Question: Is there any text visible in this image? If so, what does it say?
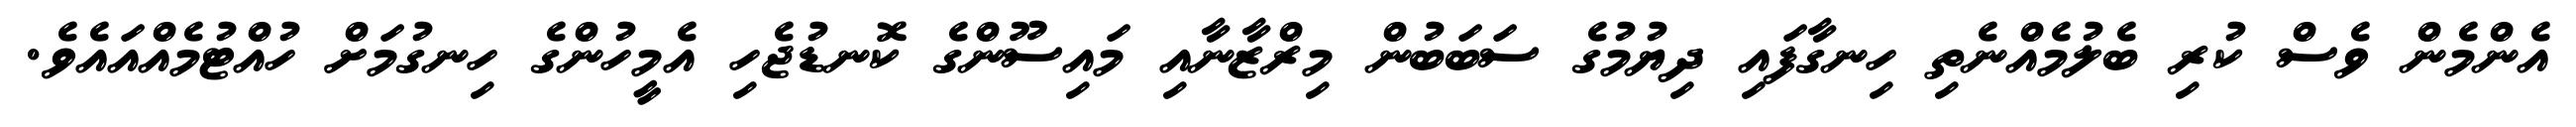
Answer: އެންމެން ވެސް ކުރި ބެލުމެއްނެތި ހިނގާފައި ދިޔުމުގެ ސަބަބުން މިރްޒާނާއި މައިސޫންގެ ކޮނޑުޖެހި އެމީހުންގެ ހިނގުމަށް ހުއްޓުމެއްއައެވެ.